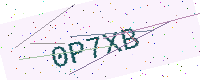
Text: 0P7XB